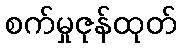
စက်မှုဇုန်ထုတ်